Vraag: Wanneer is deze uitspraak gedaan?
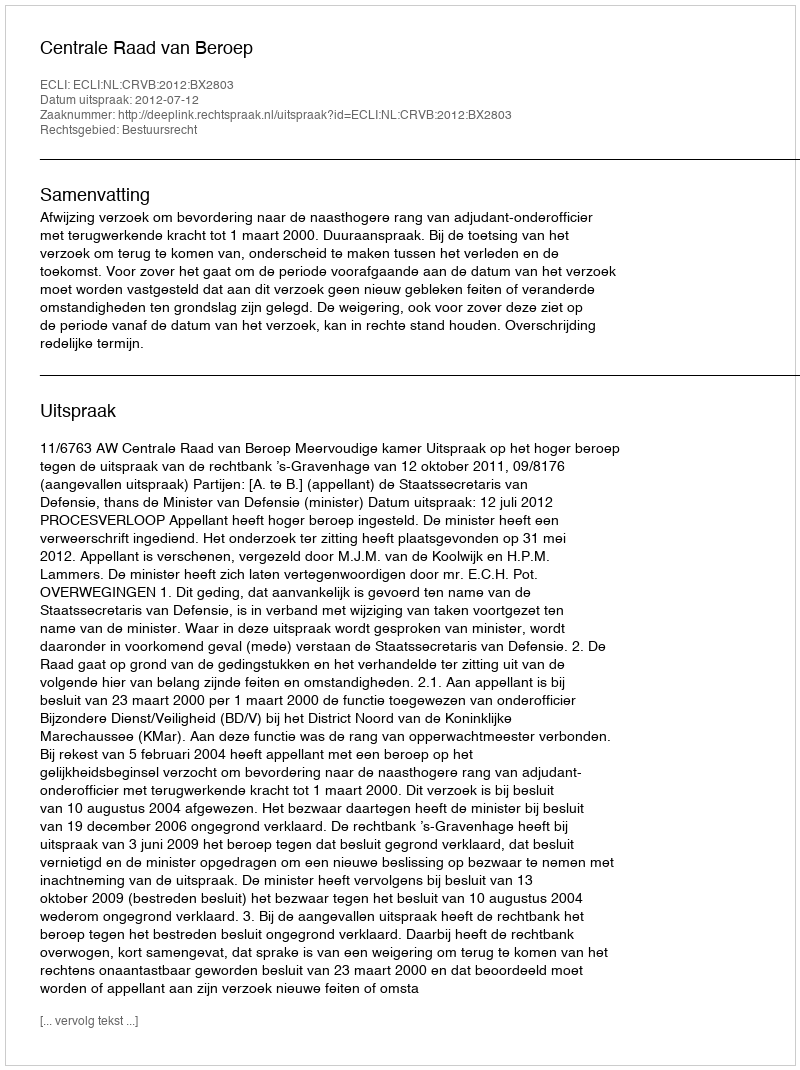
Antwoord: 2012-07-12